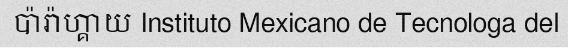
ប៉ារ៉ាហ្គាយ Instituto Mexicano de Tecnologa del